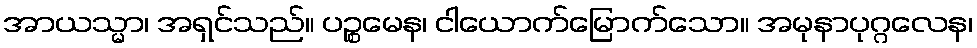
အာယသ္မာ၊ အရှင်သည်။ ပဉ္စမေန၊ ငါယောက်မြောက်သော။ အမုနာပုဂ္ဂလေန၊